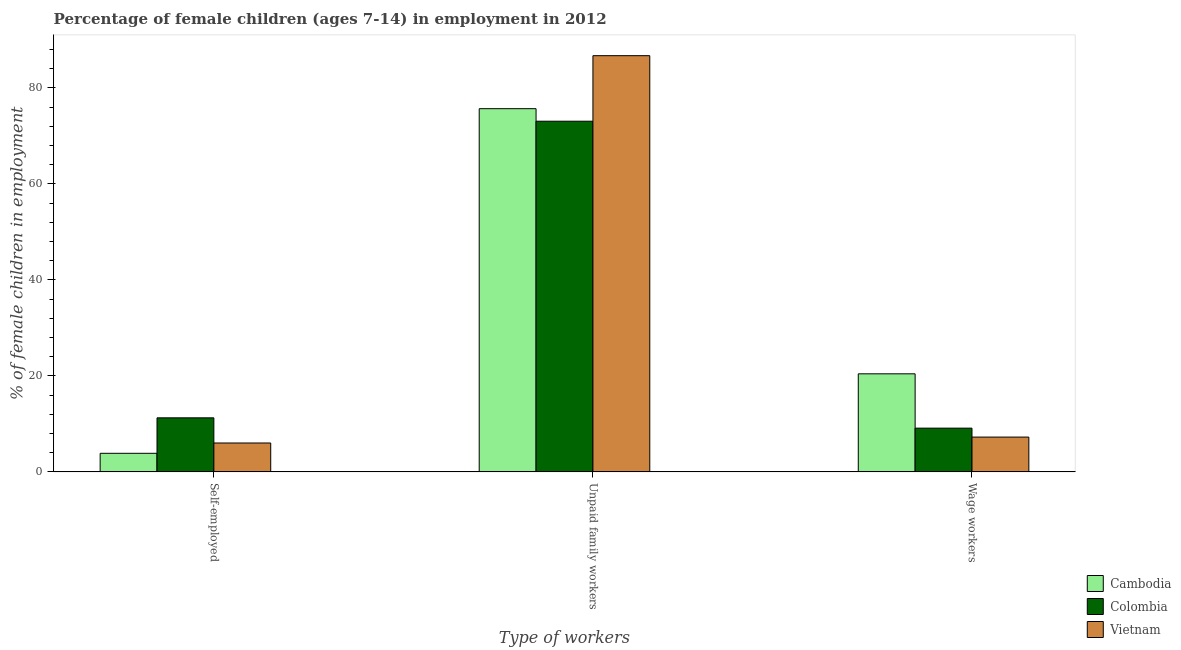
| Type of workers | Cambodia | Colombia | Vietnam |
 | --- | --- | --- | --- |
 | Self-employed | 3.88 | 11.3 | 6.03 |
 | Unpaid family workers | 75.7 | 73.1 | 86.7 |
 | Wage workers | 20.4 | 9.12 | 7.26 |